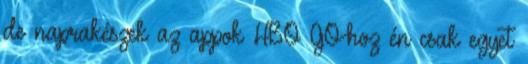
de naprakészek az appok HBO GO-hoz én csak egyet